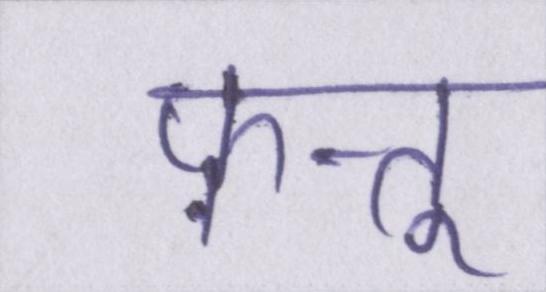
फ़त्तू